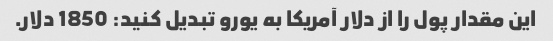
این مقدار پول را از دلار آمریکا به یورو تبدیل کنید: 1850 دلار.